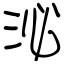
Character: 泌